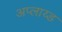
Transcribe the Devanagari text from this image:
अप्लाय्ड